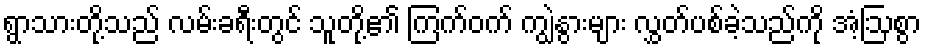
ရွာသားတို့သည် လမ်းခရီးတွင် သူတို့၏ ကြက်ဝက် ကျွဲနွားများ လွှတ်ပစ်ခဲ့သည်ကို အံ့ဩစွာ